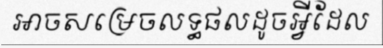
អាចសម្រេចលទ្ធផលដូចអ្វីដែល